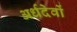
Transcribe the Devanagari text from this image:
अर्धदेवों